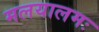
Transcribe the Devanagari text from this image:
मलयालमः